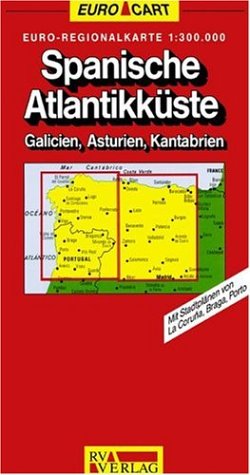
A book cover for Espagne 1/2 CÃ´te Atlantique : 1/300 000; Travel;